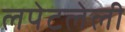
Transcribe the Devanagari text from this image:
लपेटलेली